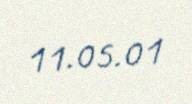
11.05.01